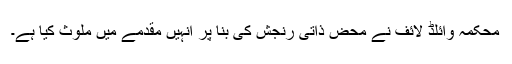
محکمہ وائلڈ لائف نے محض ذاتی رنجش کی بنا پر انہیں مقدمے میں ملوث کیا ہے۔